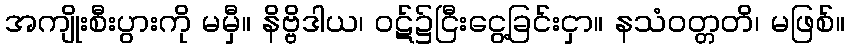
အကျိုးစီးပွားကို မမှီ။ နိဗ္ဗိဒါယ၊ ဝဋ်၌ငြီးငွေ့ခြင်းငှာ။ နသံဝတ္တတိ၊ မဖြစ်။